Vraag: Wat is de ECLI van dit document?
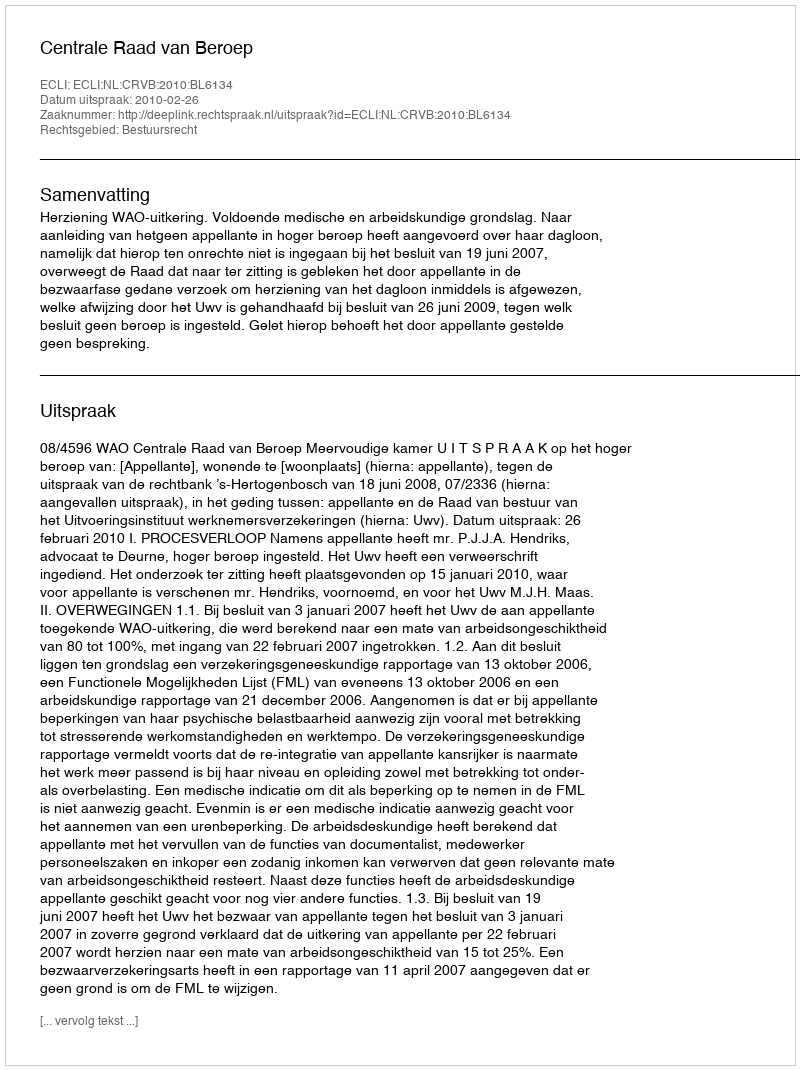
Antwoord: ECLI:NL:CRVB:2010:BL6134